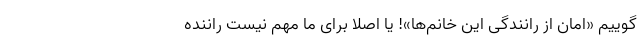
‌گوییم «امان از رانندگی این خانم‌ها»! یا اصلا برای ما مهم نیست راننده